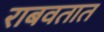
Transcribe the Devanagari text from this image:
राबवतात